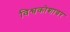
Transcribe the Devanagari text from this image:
विश्वकोशावर